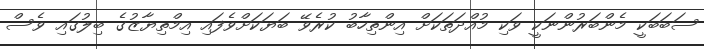
ސަބަބަކީ މެންބަރުންނަކީ ވަކި މުއްދަތަކަށް އިންތިހާބު ކުރެވޭ ބަޔަކަށްވެފައި އިމްތިޔާޒުގެ ބިލުގައި ވެސް